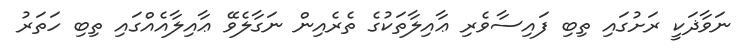
ނަވާޛަކީ ރަށުގައި ތިބި ފައިސާވެރި ޢާއިލާތަކުގެ ތެރެއިން ނަގާލެވޭ ޢާއިލާއެއްގައި ތިބި ހަތަރު